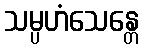
သမ္ပဟံသေန္တေ